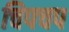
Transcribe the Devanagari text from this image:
चिपचप